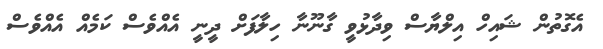
އެގޮތުން ޝައިހް އިލްޔާސް ވިދާޅުވީ ގާނޫނާ ހިލާފަށް ދީނީ އެއްވެސް ކަމެއް އެއްވެސް